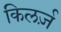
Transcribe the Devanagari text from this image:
किलर्ज़